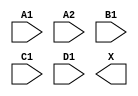
module sky130_fd_sc_ls__o2111a (
    //# {{data|Data Signals}}
    input  A1,
    input  A2,
    input  B1,
    input  C1,
    input  D1,
    output X
);

    // Voltage supply signals
    supply1 VPWR;
    supply0 VGND;
    supply1 VPB ;
    supply0 VNB ;

endmodule